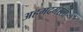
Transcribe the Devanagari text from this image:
अहमदगरला